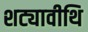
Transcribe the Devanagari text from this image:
शट्यावीथि